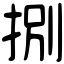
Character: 捌